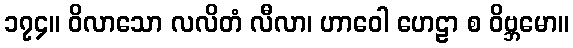
၁၇၄။ ဝိလာသော လလိတံ လီလာ၊ ဟာဝေါ ဟေဠာ စ ဝိဗ္ဘမော။